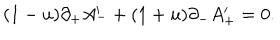
( 1 - u ) \partial _ { + } A _ { - } ^ { \prime } + ( 1 + u ) \partial _ { - } A _ { + } ^ { \prime } = 0 .